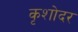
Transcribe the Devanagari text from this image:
कृशोदर